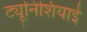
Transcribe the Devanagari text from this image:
ट्यूनिशियाई